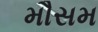
મૌસમ